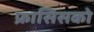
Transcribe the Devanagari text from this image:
फ्रासिसको